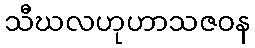
သီဃလဟုဟာသဇဝန